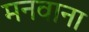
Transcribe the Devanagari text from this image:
मनवाना